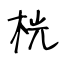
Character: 桄